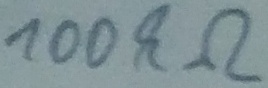
Text: 100KΩ